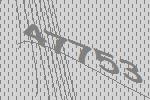
47753